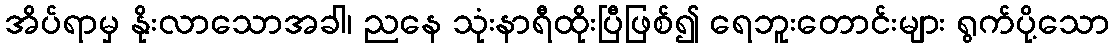
အိပ်ရာမှ နိုးလာသောအခါ၊ ညနေ သုံးနာရီထိုးပြီဖြစ်၍ ရေဘူးတောင်းများ ရွက်ပို့သော